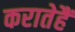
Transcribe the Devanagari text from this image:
करातेहैं